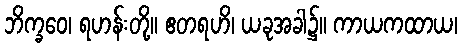
ဘိက္ခဝေ၊ ရဟန်းတို့။ ဧတရဟိ၊ ယခုအခါ၌။ ကာယကထာယ၊